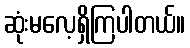
ဆုံးမလေ့ရှိကြပါတယ်။